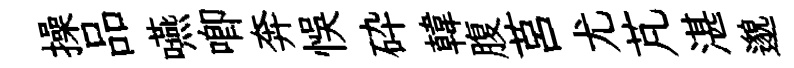
操品嚥唧奔悞砕韓腹莒尤芃湛邈